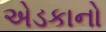
એડકાનો